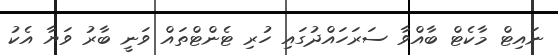
ނައިޓް މާކެޓް ބާއްވާ ސަރަހައްދުގައި ހުރި ޓެންޓްތައް ވަނީ ބާރު ވަޔާ އެކު